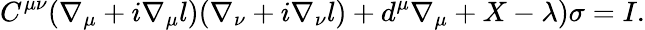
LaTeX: C^{\mu\nu}(\nabla_{\mu}+i\nabla_{\mu}l)(\nabla_{\nu}+i\nabla_{\nu}l)+d^{\mu}\nabla_{\mu}+X-\lambda)\sigma=I.